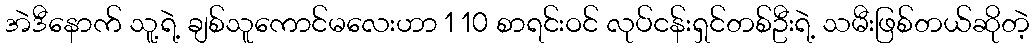
အဲဒီနောက် သူ့ရဲ့ ချစ်သူကောင်မလေးဟာ 1 10 စာရင်းဝင် လုပ်ငန်းရှင်တစ်ဦးရဲ့ သမီးဖြစ်တယ်ဆိုတဲ့